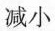
减小